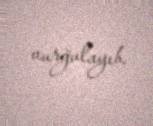
vurğulayıb.